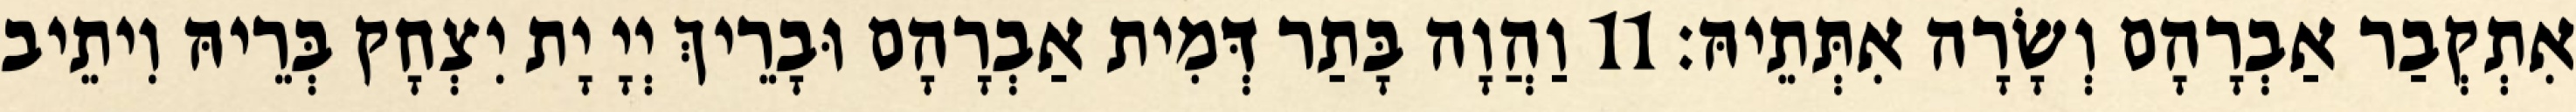
אִתְקְבַר אַבְרָהָם וְשָׂרָה אִתְּתֵיהּ׃ 11 וַהֲוָה בָּתַר דְּמִית אַבְרָהָם וּבָרֵיךְ יְיָ יָת יִצְחָק בְּרֵיהּ וִיתֵיב